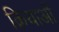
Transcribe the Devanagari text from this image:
क्रियाआें